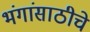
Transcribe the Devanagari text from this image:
भंगांसाठीचे